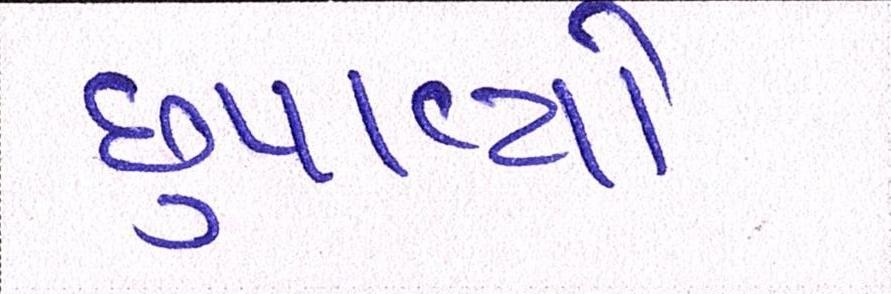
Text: છુપાવ્યો